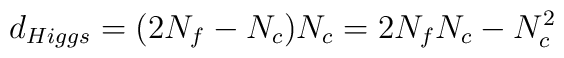
d_{Higgs}=  (2N_f - N_c) N_c= 2 N_f N_c -N_c^2